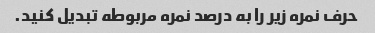
حرف نمره زیر را به درصد نمره مربوطه تبدیل کنید.